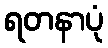
ရတနာပုံ